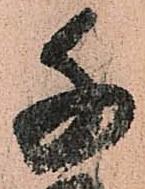
千